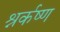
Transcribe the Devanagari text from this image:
श्नर्कष्ण